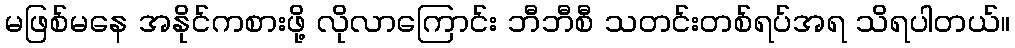
မဖြစ်မနေ အနိုင်ကစားဖို့ လိုလာကြောင်း ဘီဘီစီ သတင်းတစ်ရပ်အရ သိရပါတယ်။